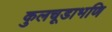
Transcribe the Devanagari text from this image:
कुलचूडाभणि